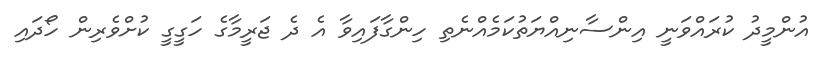
އުންމީދު ކުރައްވަނީ އިންސާނިއްޔަތުކަމެއްނެތި ހިންގާފައިވާ އެ ދެ ޖަރީމާގެ ހަގީގީ ކުށްވެރިން ހޯދައި